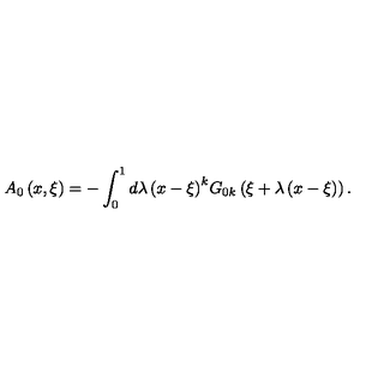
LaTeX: A _ { 0 } \left( { x , \xi } \right) = - \int _ { 0 } ^ { 1 } { d \lambda \left( { x - \xi } \right) } ^ { k } G _ { 0 k } \left( { \xi + \lambda \left( { x - \xi } \right) } \right) .